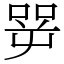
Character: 㖾